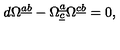
d \Omega ^ { \underline { a } \underline { b } } - \Omega _ { \underline { c } } ^ { \underline { a } } \Omega ^ { \underline { c } \underline { b } } = 0 ,